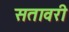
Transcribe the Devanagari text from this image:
सतावरी